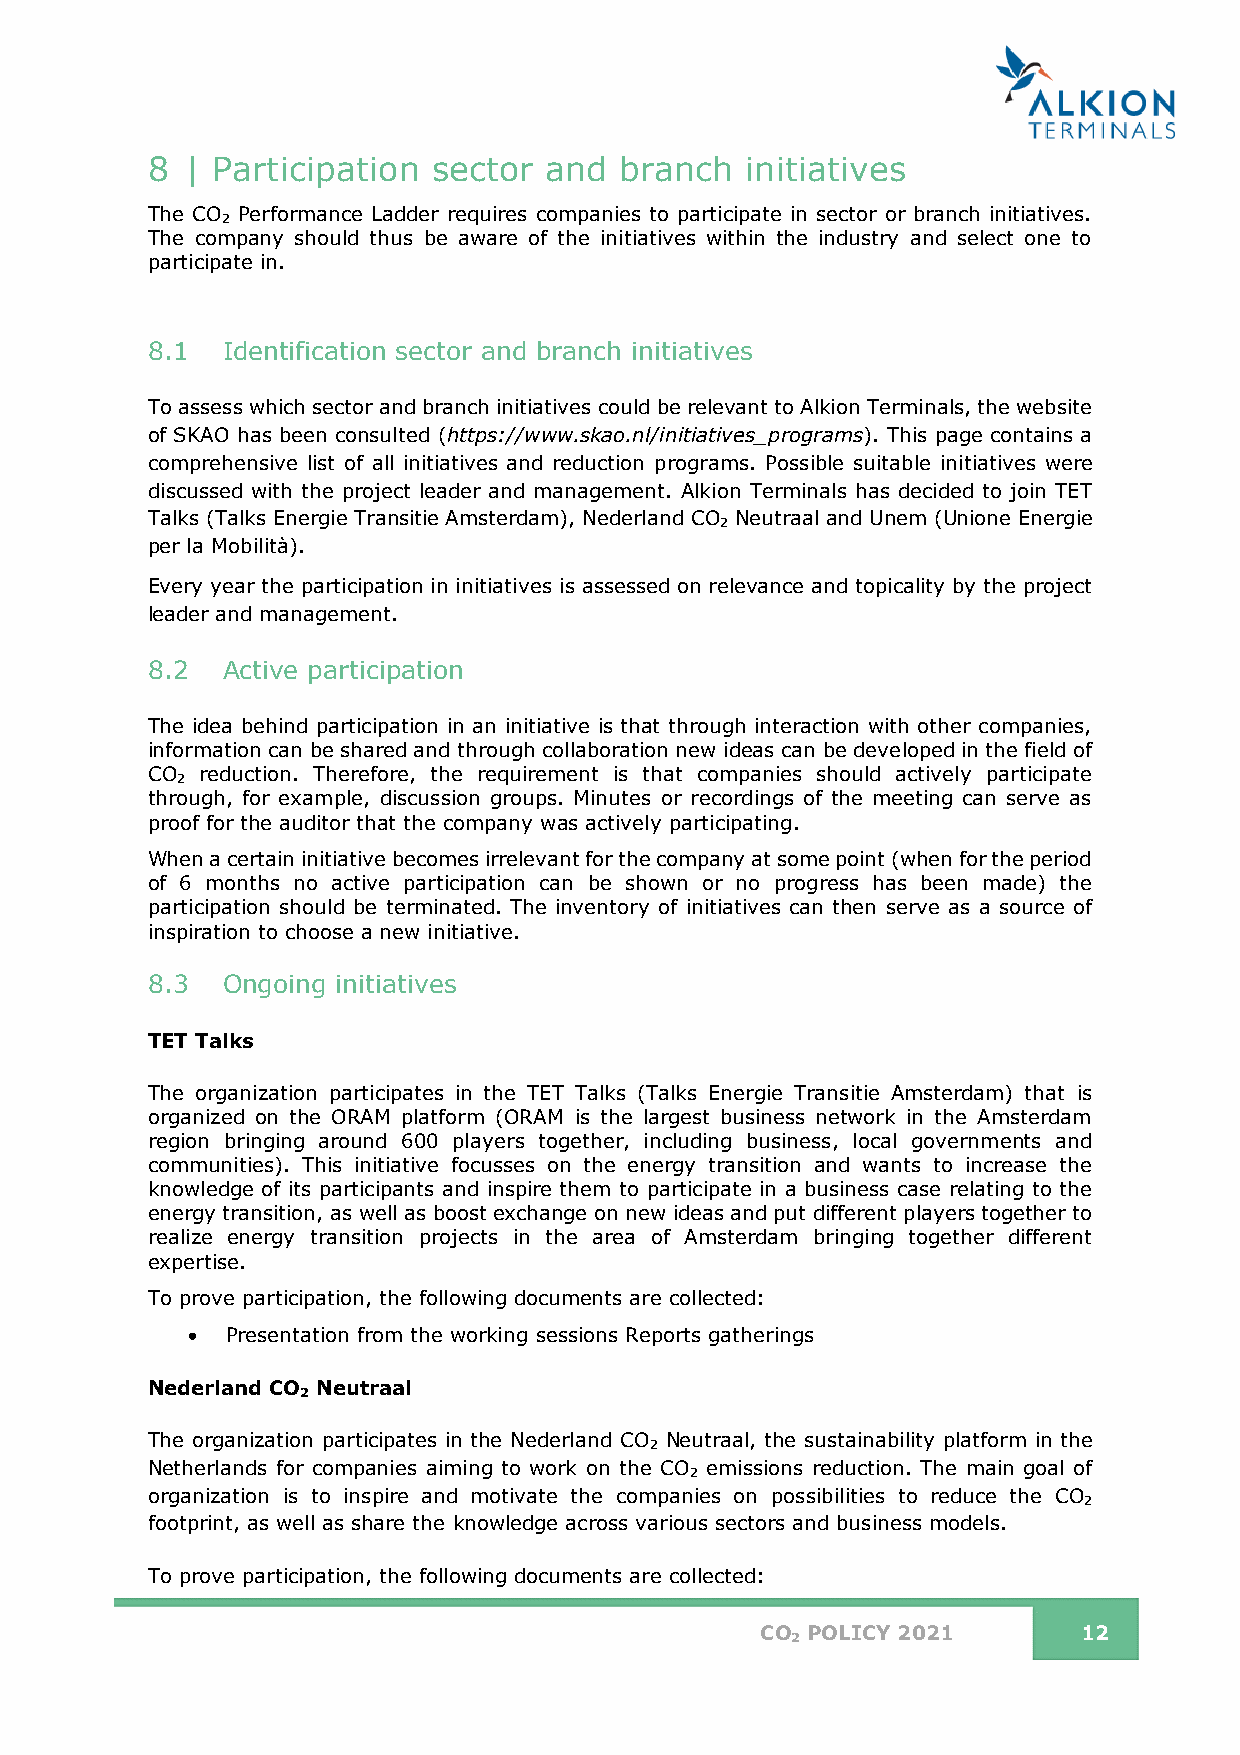
8 | Participation  sector and  branch  initiatives
 The CO Performance Ladder requires companies to participate in sector or branch initiatives.
 2
 The company should thus be aware of the initiatives within the industry and select one to
 participate in.
 8.1  Identification sector and branch initiatives
 To assess which sector and branch initiatives could be relevant to Alkion Terminals, the website
 of SKAO has been consulted (https://www.skao.nl/initiatives_programs). This page contains a
 comprehensive list of all initiatives and reduction programs. Possible suitable initiatives were
 discussed with the project leader and management. Alkion Terminals has decided to join TET
 Talks (Talks Energie Transitie Amsterdam), Nederland CO Neutraal and Unem (Unione Energie
 2
 per la Mobilità).
 Every year the participation in initiatives is assessed on relevance and topicality by the project
 leader and management.
 8.2  Active participation
 The idea behind participation in an initiative is that through interaction with other companies,
 information can be shared and through collaboration new ideas can be developed in the field of
 CO reduction. Therefore, the requirement is that companies should actively participate
 2
 through, for example, discussion groups. Minutes or recordings of the meeting can serve as
 proof for the auditor that the company was actively participating.
 When a certain initiative becomes irrelevant for the company at some point (when for the period
 of 6 months no active participation can be shown or no progress has been made) the
 participation should be terminated. The inventory of initiatives can then serve as a source of
 inspiration to choose a new initiative.
 8.3  Ongoing initiatives
 TET Talks
 The organization participates in the TET Talks (Talks Energie Transitie Amsterdam) that is
 organized on the ORAM platform (ORAM is the largest business network in the Amsterdam
 region bringing around 600 players together, including business, local governments and
 communities). This initiative focusses on the energy transition and wants to increase the
 knowledge of its participants and inspire them to participate in a business case relating to the
 energy transition, as well as boost exchange on new ideas and put different players together to
 realize energy transition projects in the area of Amsterdam bringing together different
 expertise.
 To prove participation, the following documents are collected:
 •  Presentation from the working sessions Reports gatherings
 Nederland CO Neutraal
 2
 The organization participates in the Nederland CO Neutraal, the sustainability platform in the
 2
 Netherlands for companies aiming to work on the CO emissions reduction. The main goal of
 2
 organization is to inspire and motivate the companies on possibilities to reduce the CO
 2
 footprint, as well as share the knowledge across various sectors and business models.
 To prove participation, the following documents are collected:
 CO POLICY 2021        12
 2